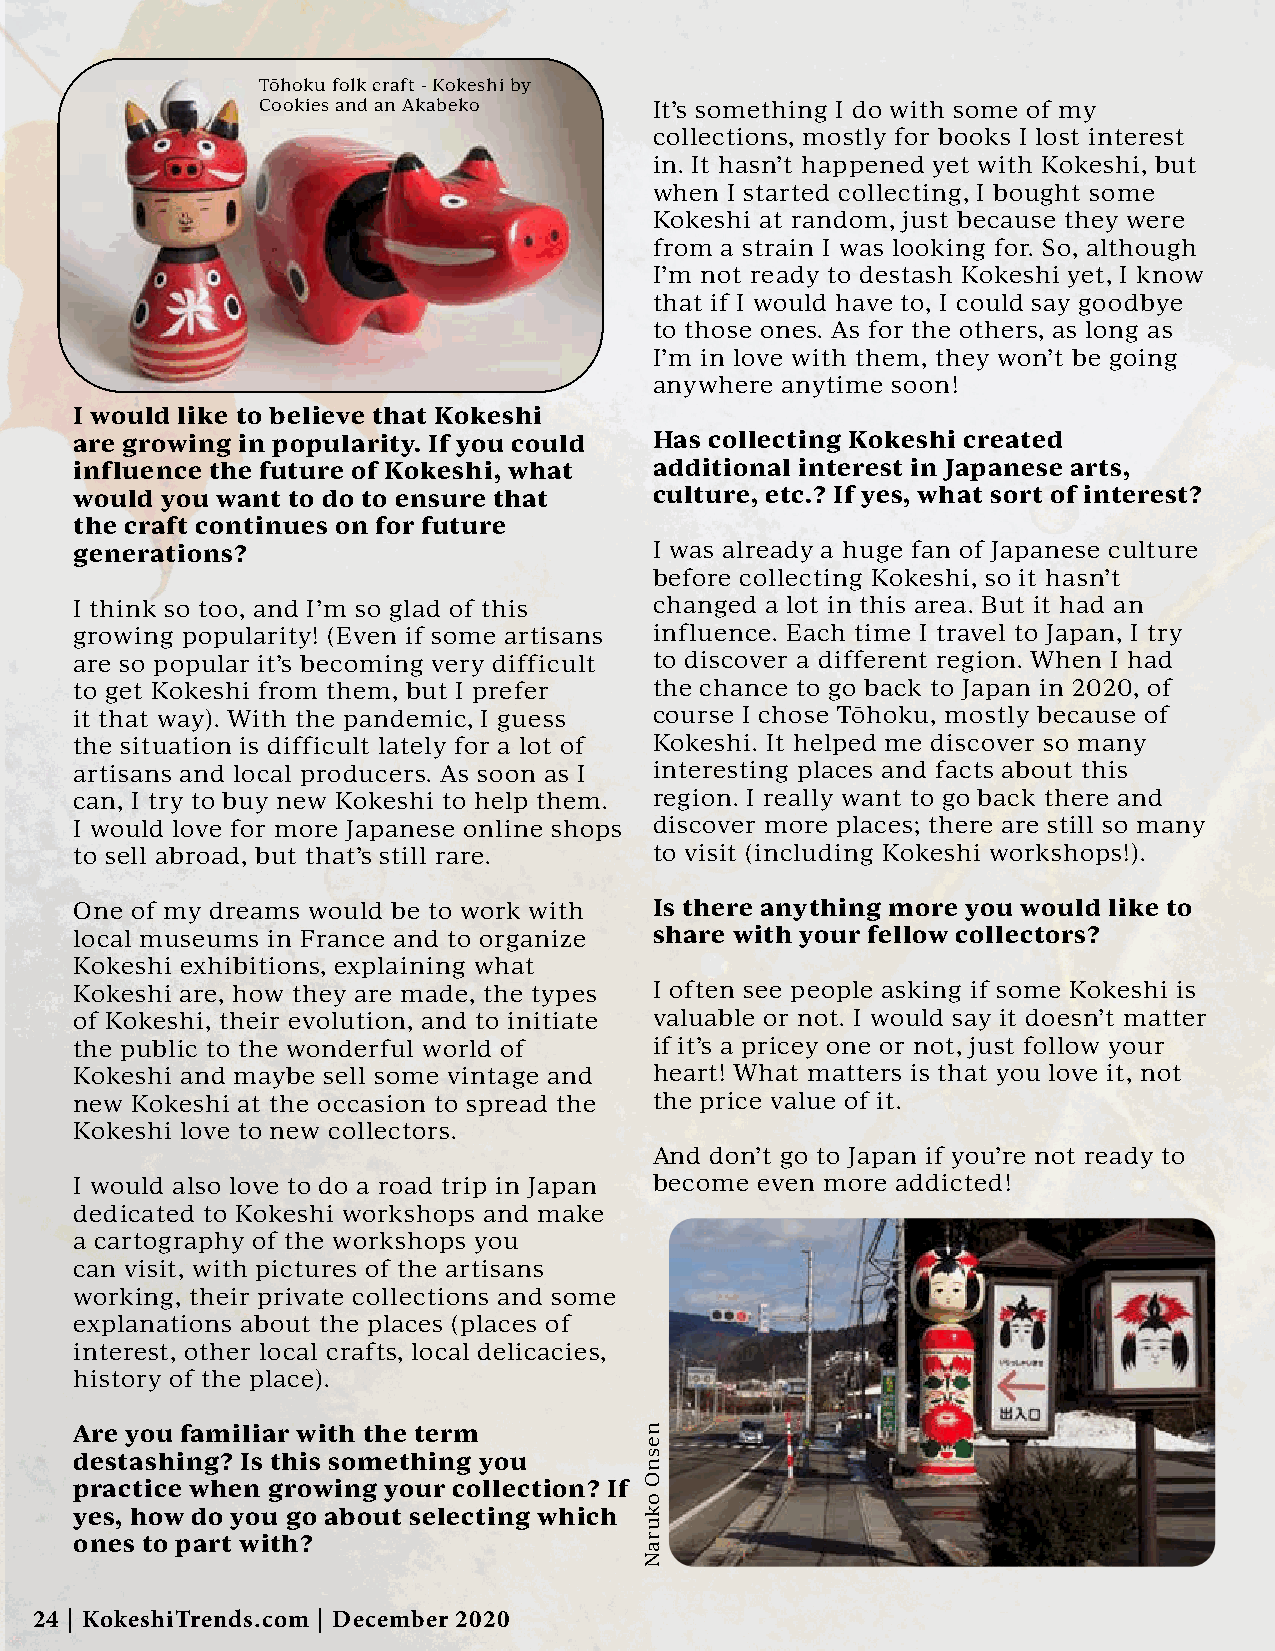
Tōhoku folk craft - Kokeshi by
 Cookies and an Akabeko    It’s something I do with some of my
 collections, mostly for books I lost interest
 in. It hasn’t happened yet with Kokeshi, but
 when I started collecting, I bought some
 Kokeshi at random, just because they were
 from a strain I was looking for. So, although
 I’m not ready to destash Kokeshi yet, I know
 that if I would have to, I could say goodbye
 to those ones. As for the others, as long as
 I’m in love with them, they won’t be going
 anywhere anytime soon!
 I would like to believe that Kokeshi
 are growing in popularity. If you could Has collecting Kokeshi created
 influence the future of Kokeshi, what additional interest in Japanese arts,
 would you want to do to ensure that   culture, etc.? If yes, what sort of interest?
 the craft continues on for future
 generations?                          I was already a huge fan of Japanese culture
 before collecting Kokeshi, so it hasn’t
 I think so too, and I’m so glad of this changed a lot in this area. But it had an
 growing popularity! (Even if some artisans influence. Each time I travel to Japan, I try
 are so popular it’s becoming very difficult to discover a different region. When I had
 to get Kokeshi from them, but I prefer the chance to go back to Japan in 2020, of
 it that way). With the pandemic, I guess course I chose Tōhoku, mostly because of
 the situation is difficult lately for a lot of Kokeshi. It helped me discover so many
 artisans and local producers. As soon as I interesting places and facts about this
 can, I try to buy new Kokeshi to help them. region. I really want to go back there and
 I would love for more Japanese online shops discover more places; there are still so many
 to sell abroad, but that’s still rare. to visit (including Kokeshi workshops!).
 One of my dreams would be to work with Is there anything more you would like to
 local museums in France and to organize share with your fellow collectors?
 Kokeshi exhibitions, explaining what
 Kokeshi are, how they are made, the types I often see people asking if some Kokeshi is
 of Kokeshi, their evolution, and to initiate valuable or not. I would say it doesn’t matter
 the public to the wonderful world of  if it’s a pricey one or not, just follow your
 Kokeshi and maybe sell some vintage and heart! What matters is that you love it, not
 new Kokeshi at the occasion to spread the the price value of it.
 Kokeshi love to new collectors.
 And don’t go to Japan if you’re not ready to
 I would also love to do a road trip in Japan become even more addicted!
 dedicated to Kokeshi workshops and make
 a cartography of the workshops you
 can visit, with pictures of the artisans
 working, their private collections and some
 explanations about the places (places of
 interest, other local crafts, local delicacies,
 history of the place).
 Are you familiar with the term
 destashing? Is this something you
 practice when growing your collection? If
 yes, how do you go about selecting which
 ones to part with?
 24 | KokeshiTrends.com | December 2020
 nesnO
 okuraN